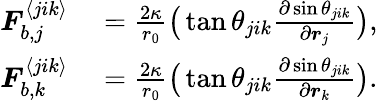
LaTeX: \begin{array}{rl}{\boldsymbol{F}_{b,j}^{\langle jik\rangle}}&{{}=\frac{2\kappa}{r_{0}}\big(\tan\theta_{jik}\frac{\partial\sin\theta_{jik}}{\partial\boldsymbol{r}_{j}}\big),}\\ {\boldsymbol{F}_{b,k}^{\langle jik\rangle}}&{{}=\frac{2\kappa}{r_{0}}\big(\tan\theta_{jik}\frac{\partial\sin\theta_{jik}}{\partial\boldsymbol{r}_{k}}\big).}\end{array}